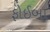
ફોઈબા